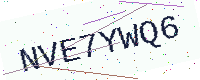
Text: NVE7YWQ6